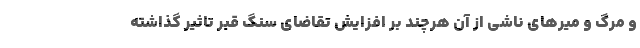
و مرگ و میرهای ناشی از آن هرچند بر افزایش تقاضای سنگ قبر تاثیر گذاشته